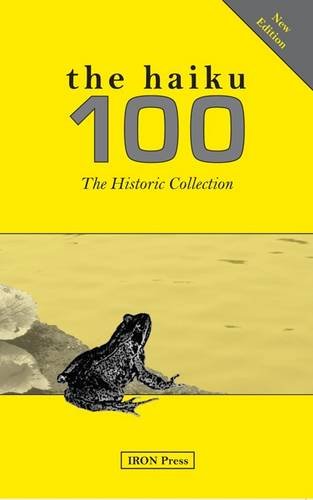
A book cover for The Haiku Hundred; Literature & Fiction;